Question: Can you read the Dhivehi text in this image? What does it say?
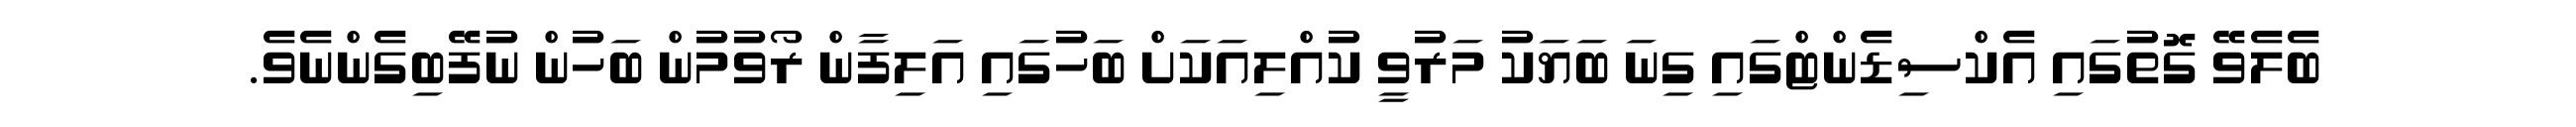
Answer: ބެލެވޭ ގޮތުގައި އެކްސިޑެންޓްގައި ގިނަ ބަޔަކު މަރުވީ ކުއްލިއަކަށް ބަހުގައި އަލިފާން ރޯވުމުން ބަހުން ނުފޭބިގެންނެވެ.